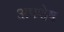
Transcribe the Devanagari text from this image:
अपशेष